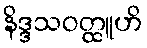
နိဒ္ဒသဝတ္ထူဟိ